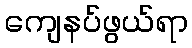
ကျေနပ်ဖွယ်ရာ